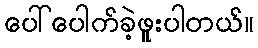
ပေါ်ပေါက်ခဲ့ဖူးပါတယ်။